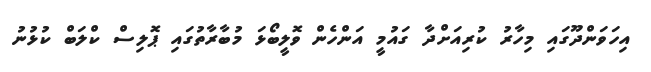
އިހަވަންދޫގައި މިހާރު ކުރިއަށްދާ ގައުމީ އަންހެން ވޮލީބޯޅަ މުބާރާތުގައި ޕޮލިސް ކްލަބް ކުޅުނު